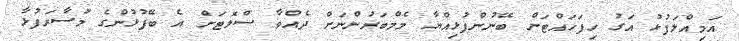
އަމިއްލަފުޅު އަގު ހިފަހައްޓަން ބޭނުންފުޅިއްޔާ މެމްބަރުންނަށް ދެއްވާ ސްލޮޓަށް އެ ބޭފުޅުންގެ މުސާރަފުޅާ